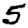
Digit: 5